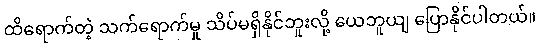
ထိရောက်တဲ့ သက်ရောက်မှု သိပ်မရှိနိုင်ဘူးလို့ ယေဘူယျ ပြောနိုင်ပါတယ်။